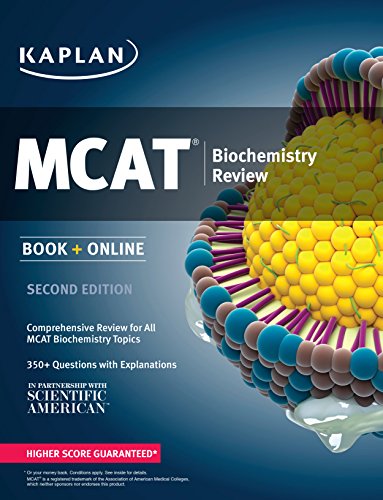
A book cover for Kaplan MCAT Biochemistry Review: Book + Online (Kaplan Test Prep); Kaplan; Test Preparation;